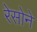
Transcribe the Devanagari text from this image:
रेसोने